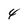
Character: 4